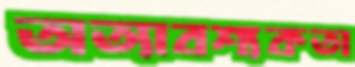
অত্যাবশ্যকতা